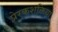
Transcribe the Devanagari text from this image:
प्रेरकशक्तियां